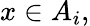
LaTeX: x\in A_{i},